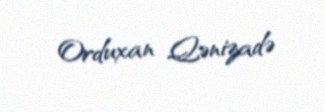
Orduxan Qənizadə